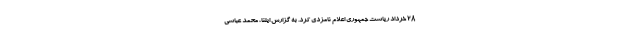
۲۸ خرداد ریاست جمهوری اعلام نامزدی کرد. به گزارش ایلنا، محمد عباسی